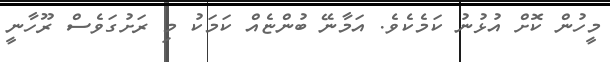
މީހުން ކޮށް އުޅުނު ކަމެކެވެ. އަމާނޭ ބުންޏެއް ކަމަކު މި ރަށުގަވެސް ރޫހާނީ